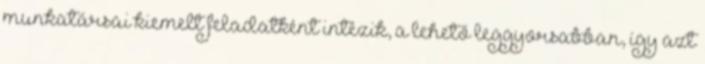
munkatársai kiemelt feladatként intézik, a lehető leggyorsabban, így azt